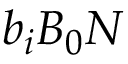
b _ { i } B _ { 0 } N